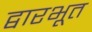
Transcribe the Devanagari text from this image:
द्वारभूत